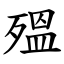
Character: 殟